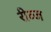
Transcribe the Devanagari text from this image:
रीव्ज